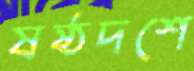
ষষ্ঠদশে